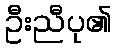
ဦးညီပု၏